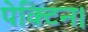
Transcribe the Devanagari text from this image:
पेक्टिन।